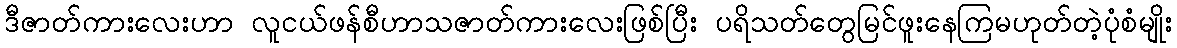
ဒီဇာတ်ကားလေးဟာ လူငယ်ဖန်စီဟာသဇာတ်ကားလေးဖြစ်ပြီး ပရိသတ်တွေမြင်ဖူးနေကြမဟုတ်တဲ့ပုံစံမျိုး